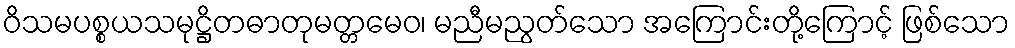
ဝိသမပစ္စယသမုဋ္ဌိတဓာတုမတ္တမေဝ၊ မညီမညွတ်သော အကြောင်းတို့ကြောင့် ဖြစ်သော